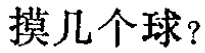
摸几个球？